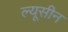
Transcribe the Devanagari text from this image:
ल्यूसीन